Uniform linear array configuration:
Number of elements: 48
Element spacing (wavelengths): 1
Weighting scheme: uniform
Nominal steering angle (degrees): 45
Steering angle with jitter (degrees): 46.418
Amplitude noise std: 0.05
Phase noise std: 0.05

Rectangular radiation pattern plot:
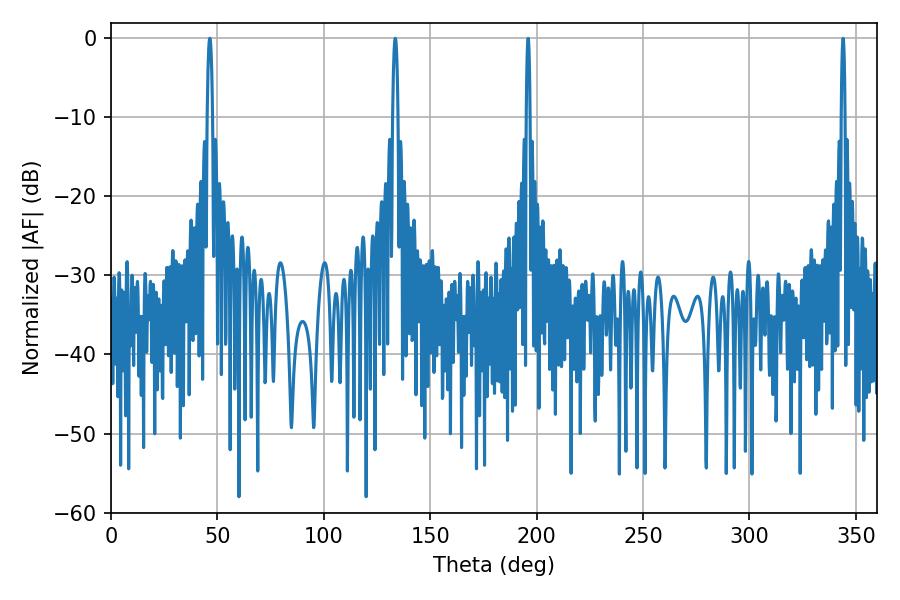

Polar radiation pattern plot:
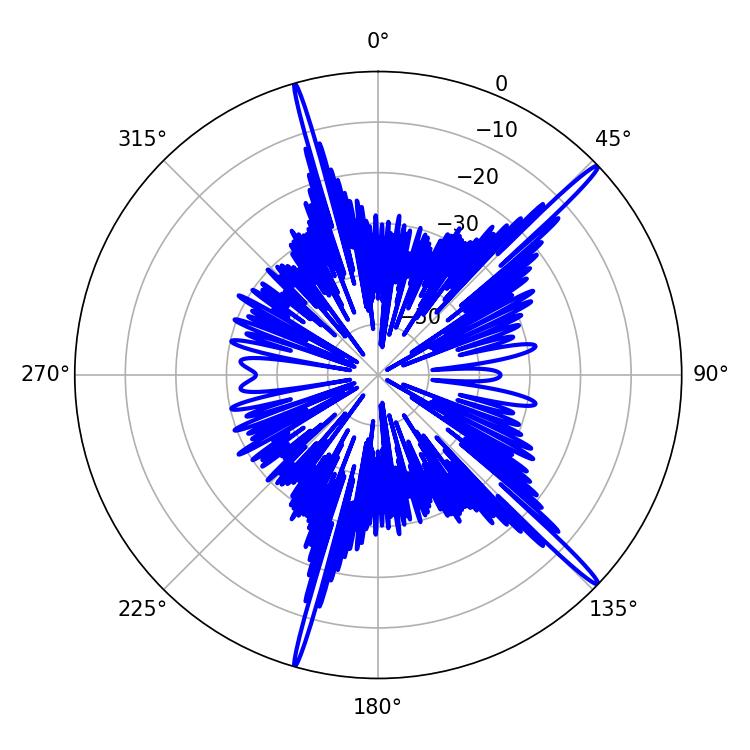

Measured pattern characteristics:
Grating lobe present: TRUE
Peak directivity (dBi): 18.033
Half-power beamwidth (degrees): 1.44
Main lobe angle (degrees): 133.56